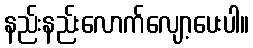
နည်းနည်းလောက်လျော့ပေးပါ။